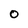
Character: O